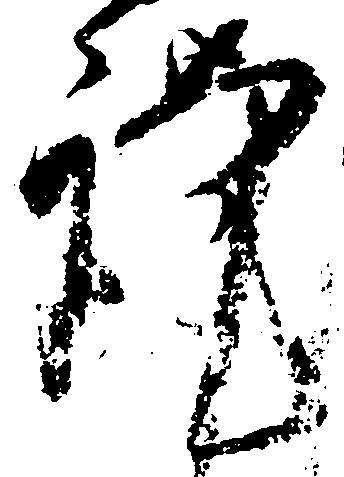
謹